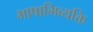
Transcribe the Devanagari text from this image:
भाषाभिव्यक्ति